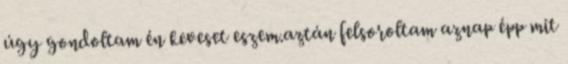
úgy gondoltam én keveset eszem.aztán felsoroltam aznap épp mit